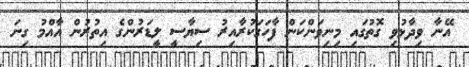
އޭނާ ވިދާޅުވި ގޮތުގައި މިނިވަންކަން ފާހަގަކުރާއިރު ސިޔާސީ ލީޑަރުންގެ އިތުރުން އާއްމު ގިނަ